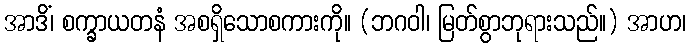
အာဒိံ၊ စက္ခာယတနံ အစရှိသောစကားကို။ (ဘဂဝါ၊ မြတ်စွာဘုရားသည်။) အာဟ၊